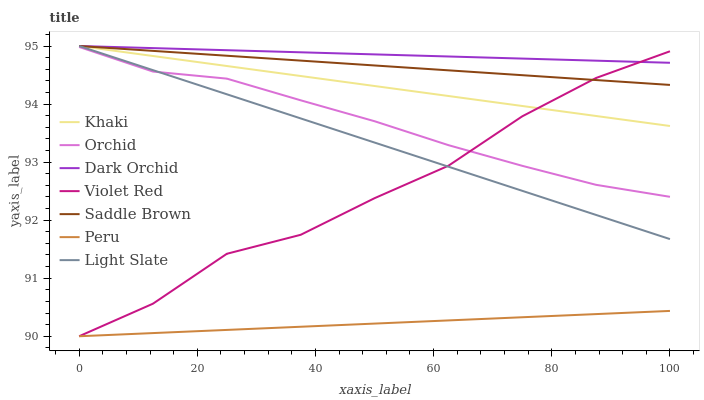
| xaxis_label | Khaki | Orchid | Dark Orchid | Violet Red | Saddle Brown | Peru | Light Slate |
 | --- | --- | --- | --- | --- | --- | --- | --- |
 | 0 | 95 | 95 | 95 | 90 | 95 | 90 | 95 |
 | 12.5 | 94.8 | 94.6 | 95 | 90.6 | 94.9 | 90.1 | 94.6 |
 | 25 | 94.7 | 94.4 | 94.9 | 91.4 | 94.8 | 90.1 | 94.2 |
 | 37.5 | 94.5 | 94.1 | 94.9 | 91.7 | 94.7 | 90.2 | 93.8 |
 | 50 | 94.3 | 93.7 | 94.9 | 92.4 | 94.7 | 90.2 | 93.3 |
 | 62.5 | 94.1 | 93.3 | 94.8 | 92.9 | 94.6 | 90.3 | 92.9 |
 | 75 | 94 | 92.9 | 94.8 | 93.8 | 94.5 | 90.3 | 92.5 |
 | 87.5 | 93.8 | 92.6 | 94.7 | 94.4 | 94.4 | 90.4 | 92.1 |
 | 100 | 93.6 | 92.4 | 94.7 | 94.9 | 94.3 | 90.4 | 91.7 |